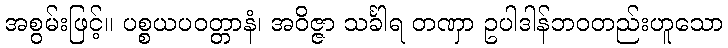
အစွမ်းဖြင့်။ ပစ္စယပဝတ္တာနံ၊ အဝိဇ္ဇာ သင်္ခါရ တဏှာ ဥပါဒါန်ဘဝတည်းဟူသော